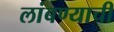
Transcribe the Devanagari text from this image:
लांबण्याची